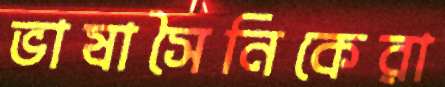
ভাষাসৈনিকেরা